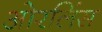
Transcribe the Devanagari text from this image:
ओरलिंस